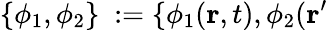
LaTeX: \{ \phi_{1},\phi_{2}\} \ :=\{ \phi_{1}({\mathbf r},t),\phi_{2}({\mathbf r^{\prime}}